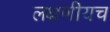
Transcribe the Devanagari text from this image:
लक्षणीयच